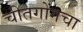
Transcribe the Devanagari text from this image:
चीतगोंगचा